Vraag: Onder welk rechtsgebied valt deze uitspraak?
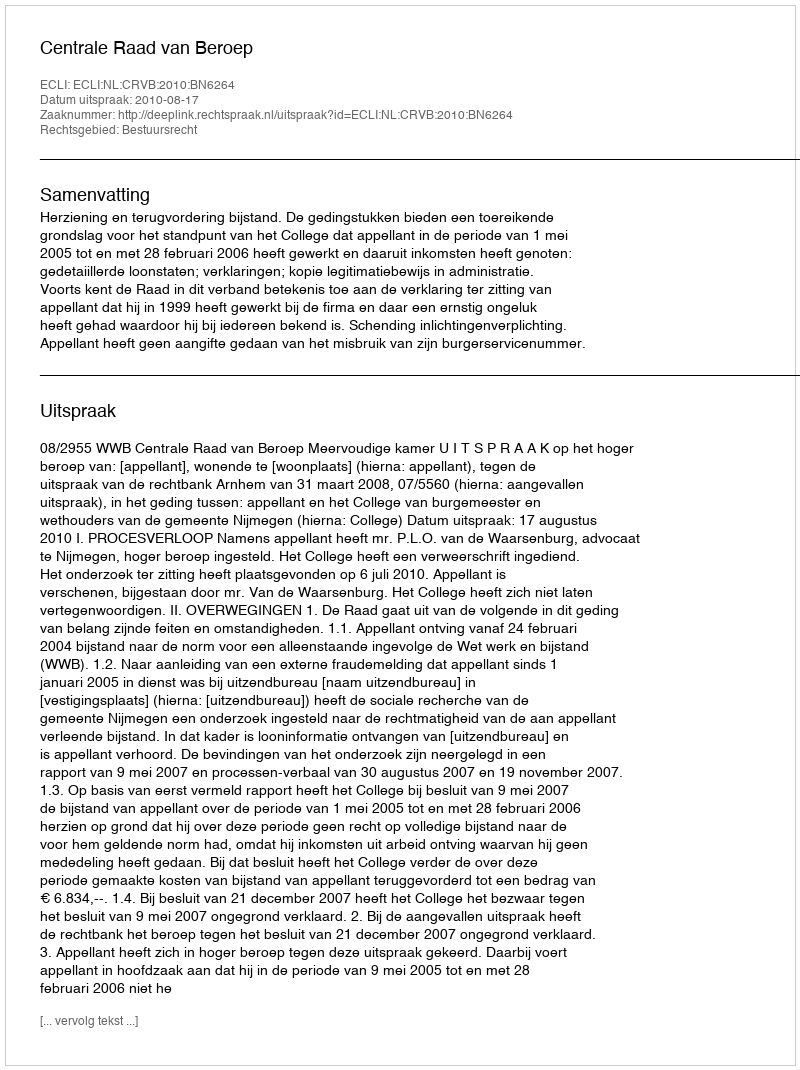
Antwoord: Bestuursrecht